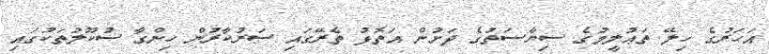
އަހަރުގެ ހިލޭ ތަޢުލީމުގެ ސިޔާސަތުގެ ދަށުން އަތޮޅު ތެރޭގައި ސަރުކާރުން ހިންގާ ސުކޫލުތަކުގައި